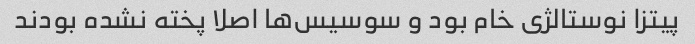
پیتزا نوستالژی خام بود و سوسیس‌ها اصلا پخته نشده بودند